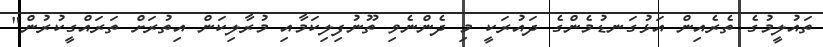
ތައުލީމުގެ ތެރެއިން އަޅުގަނޑުމެންގެ ދައުރަކީ މި ދެންނެވި ތޫނުފިލިކަމާއި މުރާލިކަން އިތުރަށް ތަރައްގީކުރުން"